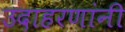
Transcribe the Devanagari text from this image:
उदाहरणांनी